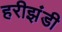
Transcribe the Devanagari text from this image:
हरीझंडी